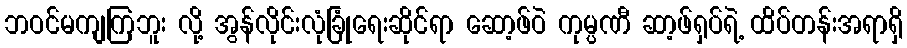
ဘဝင်မကျကြဘူး လို့ အွန်လိုင်းလုံခြုံရေးဆိုင်ရာ ဆော့ဖ်ဝဲ ကုမ္ပဏီ ဆာ့ဖ်ရှပ်ရဲ့ ထိပ်တန်းအရာရှိ